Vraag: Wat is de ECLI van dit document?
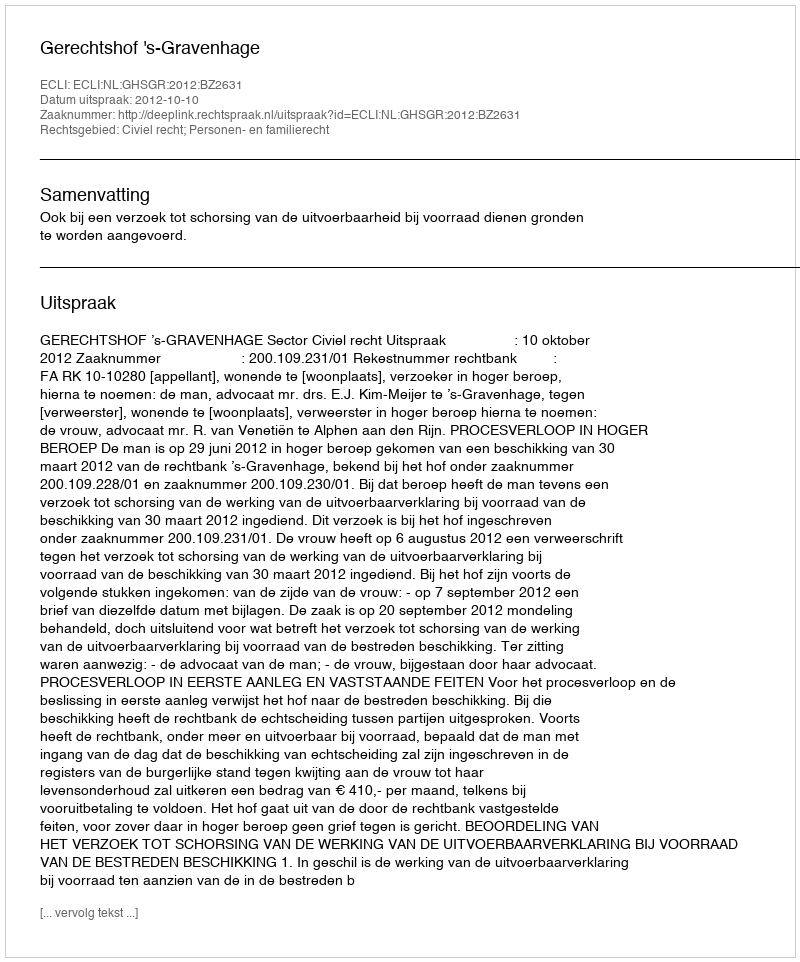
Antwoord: ECLI:NL:GHSGR:2012:BZ2631